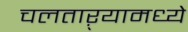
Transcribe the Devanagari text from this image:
चलताऱ्यामध्ये